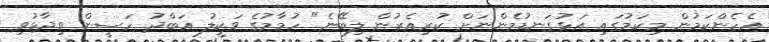
އެހެންކަމުން މިކަމުގައި އަޅުގަނޑުމެންނަށް ކުރިއެރުން ލިބޭނެ" ހުމާމުގެ ވަކީލު އަބްދު ހަސީން ވިދާޅުވި